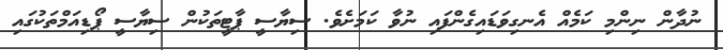
ނުދާން ނިންމި ކަމެއް އެނގިވަޑައިގެންފައި ނުވާ ކަމަށެވެ. ސިޔާސީ ޕާޓީތަކުން ސިޔާސީ ޕޯޑިއަމްތަކުގައި